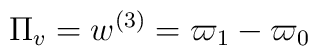
\Pi_v = w^{(3)} = \varpi_1 - \varpi_0